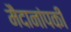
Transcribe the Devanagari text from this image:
मैदानांपकी